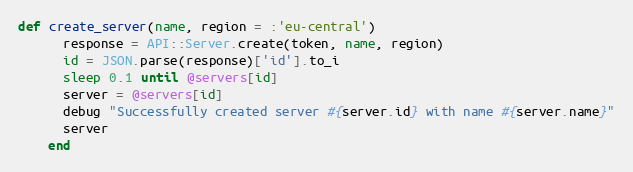
Language: Ruby
def create_server(name, region = :'eu-central')
      response = API::Server.create(token, name, region)
      id = JSON.parse(response)['id'].to_i
      sleep 0.1 until @servers[id]
      server = @servers[id]
      debug "Successfully created server #{server.id} with name #{server.name}"
      server
    end